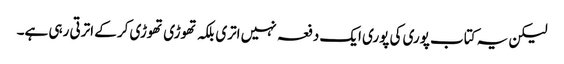
لیکن یہ کتاب پوری کی پوری ایک دفعہ نہیں اتری بلکہ تھوڑی تھوڑی کر کے اترتی رہی ہے۔